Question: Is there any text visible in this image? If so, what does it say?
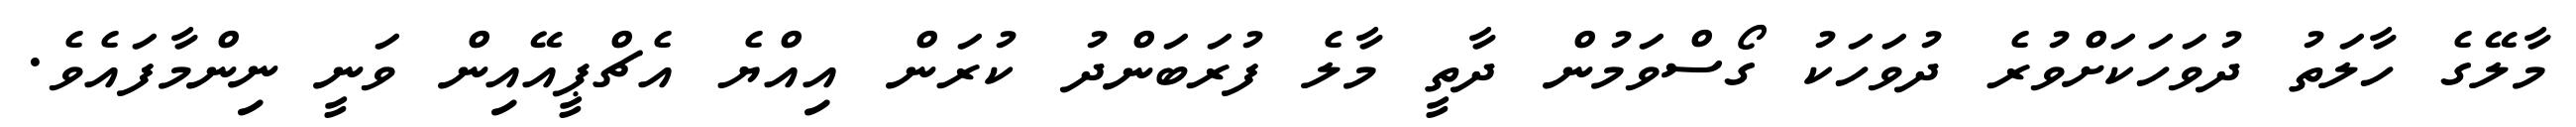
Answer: މާލޭގެ ހާލަތު ދުވަހަކަށްވުރެ ދުވަހަކު ގޯސްވަމުން ދާތީ މާލެ ފުރަބަންދު ކުރަން އިއްޔެ އެޗްޕީއޭއިން ވަނީ ނިންމާފައެވެ.